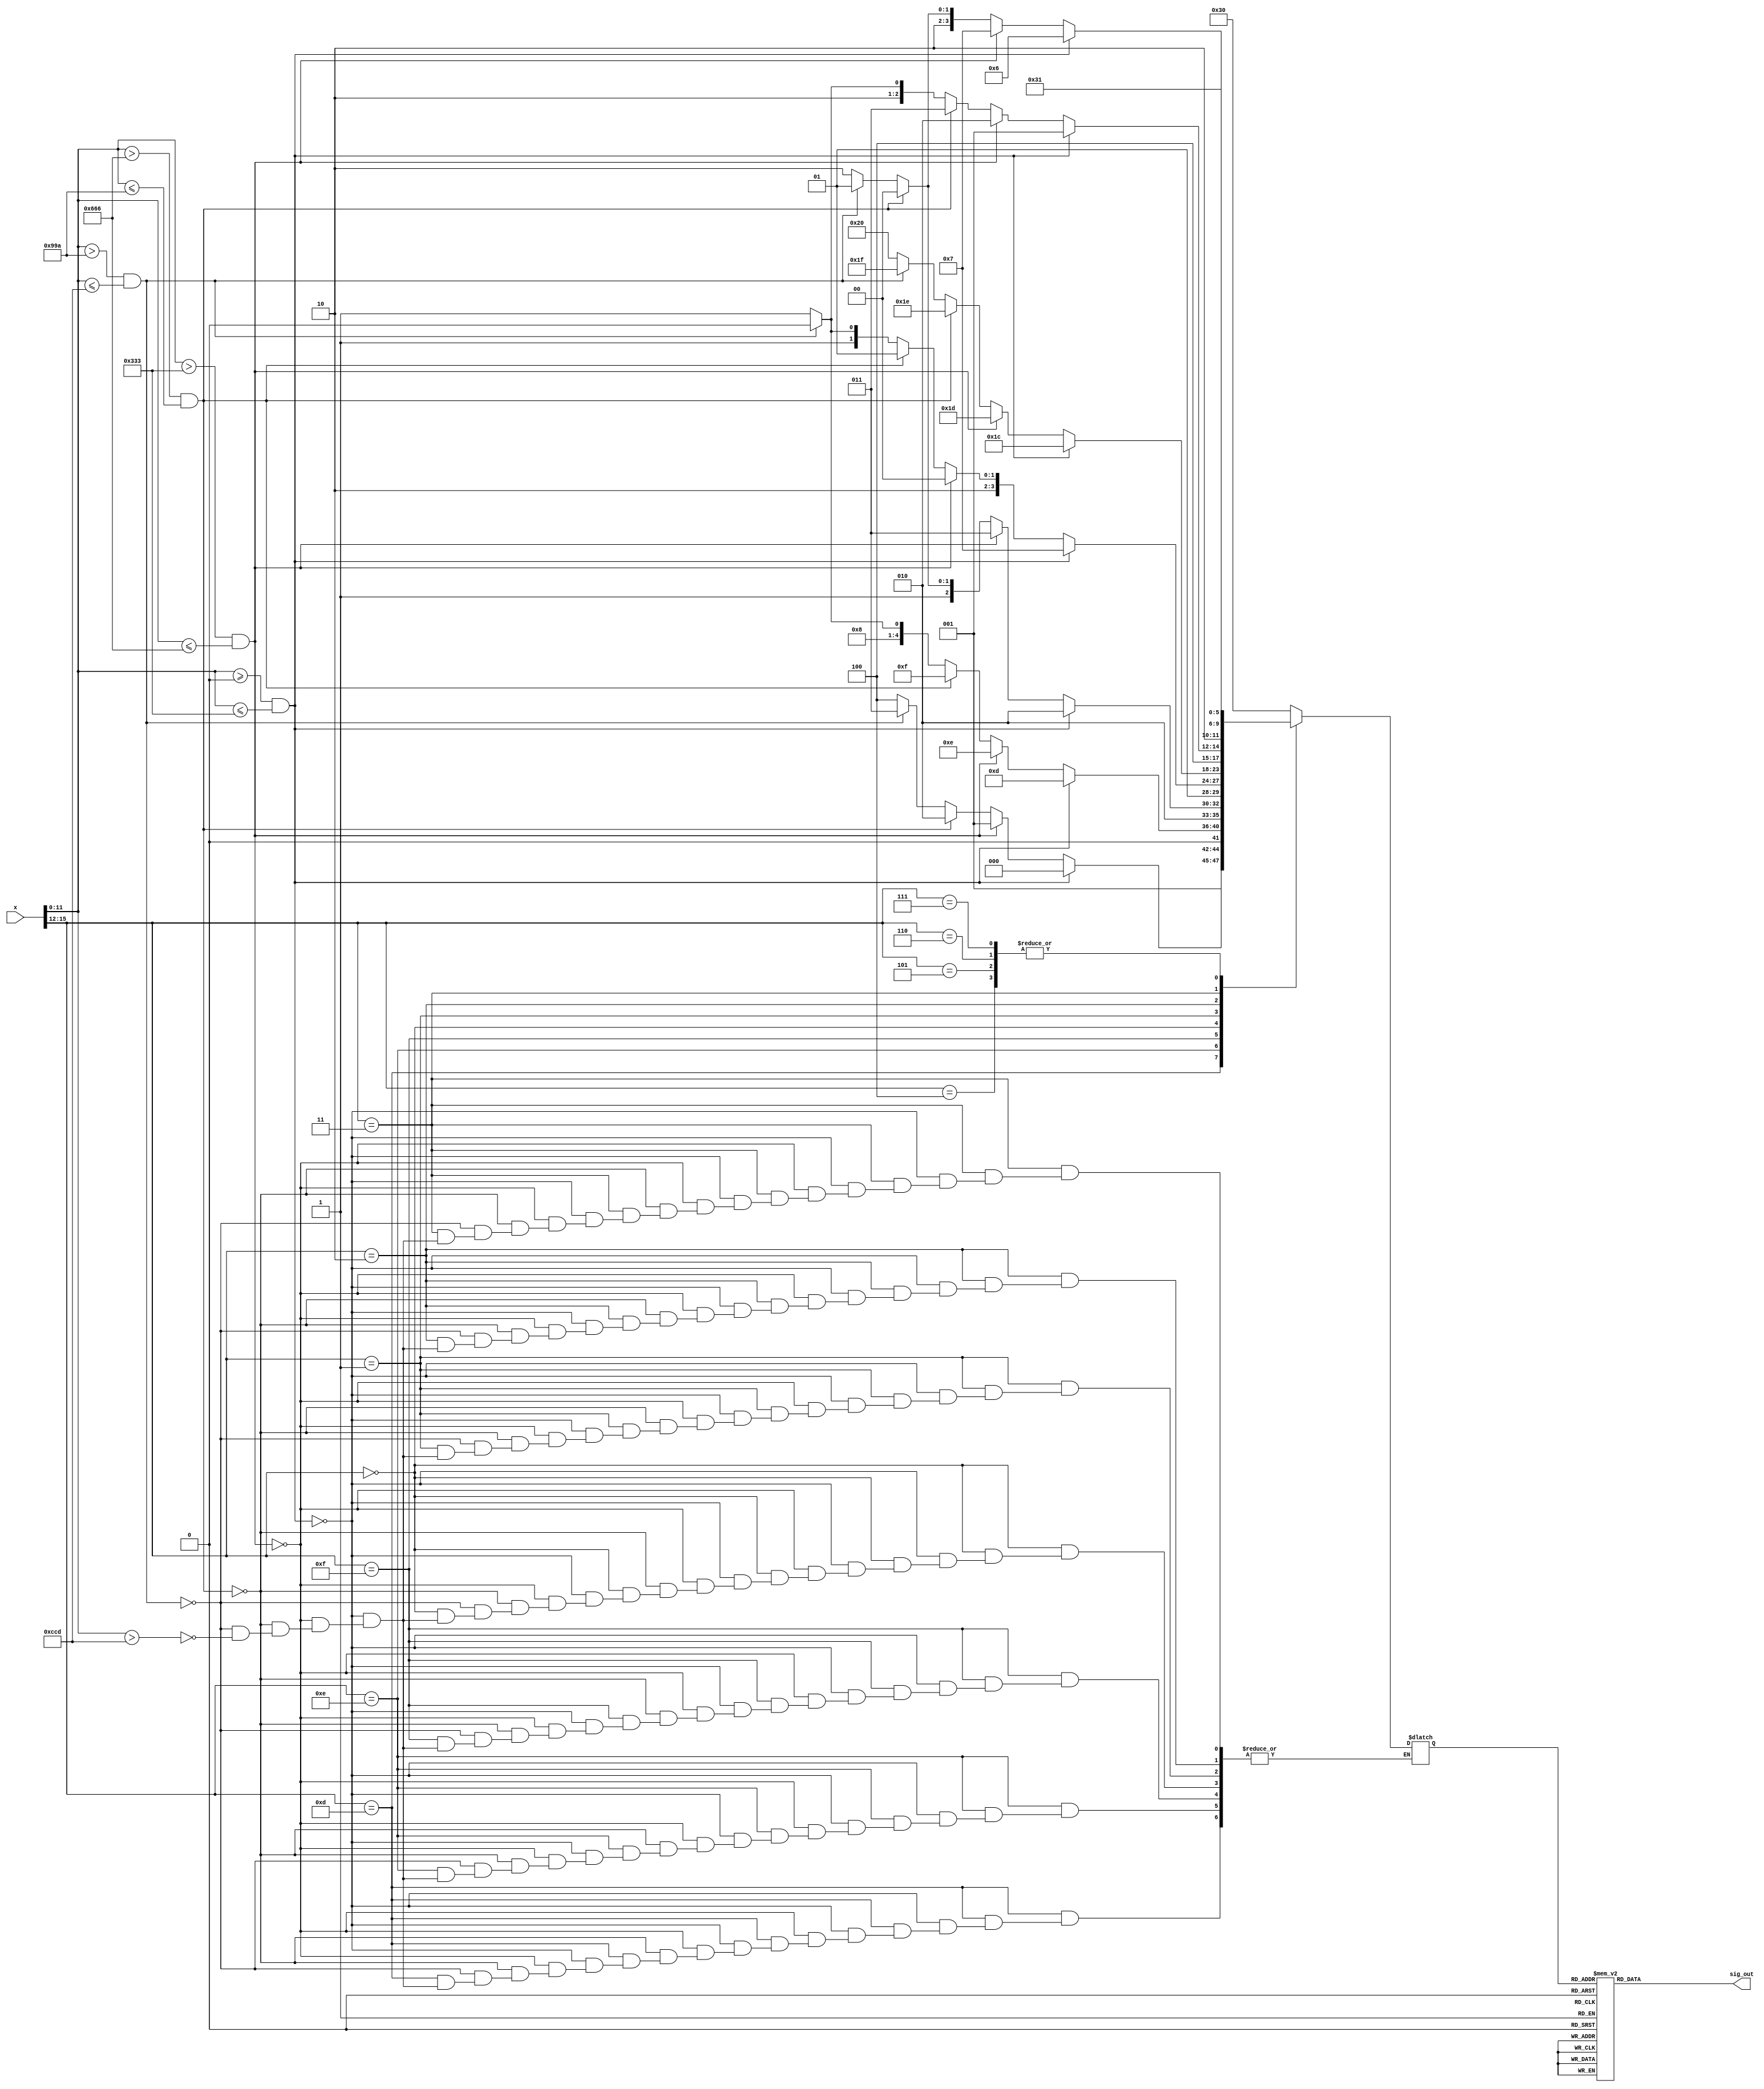
`define SIMULATION_MEMORY
`define ARRAY_DEPTH 64      //Number of Hidden neurons
`define INPUT_DEPTH 100	    //LSTM input vector dimensions
`define DATA_WIDTH 16		//16 bit representation
`define INWEIGHT_DEPTH 6400 //100x64
`define HWEIGHT_DEPTH 4096  //64x64
`define varraysize 1600   //100x16
`define uarraysize 1024  //64x16

module sigmoid(
input [15:0] x,
output [15:0] sig_out
);

reg [15:0] lut;
reg [5:0] address;

assign sig_out = lut;

always @(address)
begin

       case(address)
       6'd0: lut = 16'b0000000000101101; //sig(-4.5)
       6'd1: lut = 16'b0000000000110110; //sig(-4.3)
       6'd2: lut = 16'b0000000001000010; //sig(-4.1)
       6'd3: lut = 16'b0000000001010001; //sig(-3.9)
       6'd4:  lut = 16'b0000000001100010; //sig(-3.7)
       6'd5 :  lut = 16'b0000000001111000; //sig(-3.5)
       6'd6 :  lut= 16'b0000000010010001; //sig(-3.3)
       6'd7 :  lut= 16'b0000000010110000; //sig(-3.1)
       6'd8:  lut= 16'b0000000011010101; //sig(-2.9)
       6'd9 :  lut= 16'b0000000100000010; //sig(-2.7)
       6'd10 :  lut= 16'b0000000100110110; //sig(-2.5)
       6'd11 :  lut= 16'b0000000101110101; //sig(-2.3)
       6'd12 :  lut= 16'b0000000110111110; //sig(-2.1)
       6'd13 :  lut= 16'b0000001000010100; //sig(-1.9)
       6'd14 :  lut= 16'b0000001001111000; //sig(-1.7)
       6'd15 :  lut= 16'b0000001011101011; //sig(-1.5)
       6'd16 :  lut= 16'b0000001101101101; //sig(-1.3)
       6'd17:  lut= 16'b0000001111111110; //sig(-1.1) 
       6'd18 :  lut= 16'b0000010010100000; //sig(-0.9)
       6'd19 :  lut= 16'b0000010101001111; //sig(-0.7)
       6'd20 :  lut= 16'b0000011000001010; //sig(-0.5)
       6'd21 :  lut= 16'b0000011011001111; //sig(-0.3)
       6'd22 :  lut= 16'b0000011110011001; //sig(-0.1)
       6'd23 :  lut= 16'b0000100001100110; //sig(0.1)
       6'd24 :  lut= 16'b0000100100110000; //sig(0.3)
       6'd25 :  lut= 16'b0000100111110101; //sig(0.5)
       6'd26 :  lut= 16'b0000101010110000; //sig(0.7)
       6'd27 :  lut= 16'b0000101101100000; //sig(0.9)
       6'd28 :  lut= 16'b0000110000000001; //sig(1.1)
       6'd29 :  lut= 16'b0000110010010010; //sig(1.3)
       6'd30 :  lut= 16'b0000110100010100; //sig(1.5)
       6'd31 :  lut= 16'b0000110110000111; //sig(1.7)
       6'd32 :  lut= 16'b0000110111101011; //sig(1.9)
       6'd33 :  lut= 16'b0000111001000001; //sig(2.1)
       6'd34 :  lut= 16'b0000111010001010; //sig(2.3)
       6'd35 :  lut= 16'b0000111011001001; //sig(2.5)
       6'd36 :  lut= 16'b0000111011111110; //sig(2.7)
       6'd37 :  lut= 16'b0000111100101010; //sig(2.9)
       6'd38 :  lut= 16'b0000111101001111; //sig(3.1)
       6'd39 :  lut= 16'b0000111101101110; //sig(3.3)
       6'd40 :  lut= 16'b0000111110000111; //sig(3.5)
       6'd41 :  lut= 16'b0000111110011101; //sig(3.7)
       6'd42 :  lut= 16'b0000111110101110; //sig(3.9)
       6'd43 :  lut= 16'b0000111110111101; //sig(4.1)
       6'd44 :  lut= 16'b0000111111001001; //sig(4.3)
       6'd45 :  lut= 16'b0000111111010011; //sig(4.5) 
       6'd46 :  lut= 16'b0000111111011011; //sig(4.7) 
       6'd47 :  lut= 16'b0000000000100100; //sig(-4.7)
       6'd48:	lut= 16'b0000000000000000; //0  
       6'd49:	lut= 16'b0001000000000000; //1 
       default: lut=0;
	endcase
end


always@(x)
begin
 
    case({x[15:12]})
	4'b1000:address = 6'd48; 
	4'b1001:address = 6'd48; 
	4'b1010:address = 6'd48; 
	4'b1011:address = 6'd48; 
	4'b1100:address = 6'd48;  
        4'b1101:if((x[11:0] >= 12'h000) && (x[11:0] <= 12'h333)) // -3
                    begin
                       address = 6'd8;                 
                    end 
                else if((x[11:0] > 12'h333) && (x[11:0] <= 12'h666))
                    begin
                        address = 6'd9;
                    end
                 else if((x[11:0] > 12'h666) && (x[11:0] <= 12'h99a))
                    begin
                        address = 6'd10;                                        
                    end
                 else if((x[11:0] > 12'h99a) && (x[11:0] <= 12'hccd))
                    begin
                        address =  6'd11;                                                          
                    end
                 else if(x[11:0] > 12'hccd)
                    begin
                        address =  6'd12;                                    
                    end   
        4'b1110:if((x[11:0] >= 12'h000) && (x[11:0] <= 12'h333)) // -2
                    begin
                        address =  6'd13;              
                    end 
                else if((x[11:0] > 12'h333) && (x[11:0] <= 12'h666))
                    begin
                        address =  6'd14;                
                    end
                 else if((x[11:0] > 12'h666) && (x[11:0] <= 12'h99a))
                    begin
                        address = 6'd15;                                                         
                    end
                 else if((x[11:0] > 12'h99a) && (x[11:0] <= 12'hccd))
                    begin
                        address =  6'd16;                                                                           
                    end
                 else if(x[11:0] > 12'hccd)
                    begin
                        address =  6'd17;                                                        
                    end 
        4'b1111:if((x[11:0] >= 12'h000) && (x[11:0] <= 12'h333))  // -1
                    begin
                        address =  6'd18;                
                    end 
                else if((x[11:0] > 12'h333) && (x[11:0] <= 12'h666))
                    begin
                        address =  6'd19;                                    
                    end
                 else if((x[11:0] > 12'h666) && (x[11:0] <= 12'h99a))
                    begin
                        address =  6'd20;                                                                         
                    end
                 else if((x[11:0] > 12'h99a) && (x[11:0] <= 12'hccd))
                    begin
                        address =  6'd21;                                                                                                
                    end
                 else if(x[11:0] > 12'hccd)
                    begin
                        address =  6'd22;                                                                            
                    end 
        4'b0000:if((x[11:0] >= 12'h000) && (x[11:0] <= 12'h333)) // 0
                    begin
                        address =  6'd23;                
                    end 
                else if((x[11:0] > 12'h333) && (x[11:0] <= 12'h666))
                    begin
                        address =  6'd24;                
                    end
                 else if((x[11:0] > 12'h666) && (x[11:0] <= 12'h99a))
                    begin
                        address =  6'd25;                                                        
                    end
                 else if((x[11:0] > 12'h99a) && (x[11:0] <= 12'hccd))
                    begin
                        address =  6'd26;                                                                            
                    end
                 else if(x[11:0] > 12'hccd)
                    begin
                        address =  6'd27;                                                        
                    end 
        4'b0001:if((x[11:0] >= 12'h000) && (x[11:0] <= 12'h333)) // 1
                    begin
                        address =  6'd28;                
                    end 
                else if((x[11:0] > 12'h333) && (x[11:0] <= 12'h666))
                    begin
                        address =  6'd29;                
                    end
                else if((x[11:0] > 12'h666) && (x[11:0] <= 12'h99a))
                    begin
                        address =  6'd30;                                                        
                    end
                else if((x[11:0] > 12'h99a) && (x[11:0] <= 12'hccd))
                    begin
                        address =  6'd31;                                                                            
                    end
                else if(x[11:0] > 12'hccd)
                    begin
                       address =  6'd32;                                                         
                    end 
        4'b0010:if((x[11:0] >= 12'h000) && (x[11:0] <= 12'h333))  // 2
                    begin
                      address =  6'd33;                  
                    end 
                else if((x[11:0] > 12'h333) && (x[11:0] <= 12'h666))
                    begin
                      address =  6'd34;                   
                    end
                 else if((x[11:0] > 12'h666) && (x[11:0] <= 12'h99a))
                    begin
                       address =  6'd35;                                                          
                    end
                 else if((x[11:0] > 12'h99a) && (x[11:0] <= 12'hccd))
                    begin
                       address =  6'd36;                                                                               
                    end
                 else if(x[11:0] > 12'hccd)
                    begin
                       address =  6'd37;                                                          
                    end 
        4'b0011:if((x[11:0] >= 12'h000) && (x[11:0] <= 12'h333)) // 3
                    begin
                       address =  6'd38;                  
                    end 
                else if((x[11:0] > 12'h333) && (x[11:0] <= 12'h666))
                    begin
                      address =  6'd39;                  
                    end
                else if((x[11:0] > 12'h666) && (x[11:0] <= 12'h99a))
                    begin
                      address =  6'd40;                                                          
                    end
                else if((x[11:0] > 12'h99a) && (x[11:0] <= 12'hccd))
                    begin
                      address = 6'd41;                                                                              
                    end
               else if(x[11:0] > 12'hccd)
                    begin
                       address = 6'd42;                                                        
                    end 
	4'b0100:address = 6'd49;  
	4'b0101:address = 6'd49;  
	4'b0110:address = 6'd49;  
	4'b0111:address = 6'd49;  
       /* 4'b0100:if((x[11:0] >= 12'h000) && (x[11:0] <= 12'h333)) //4
                    begin
                      address = lut[43];                 
                    end 
                else if((x[11:0] > 12'h333) && (x[11:0] <= 12'h666))
                    begin
                       address = lut[44];                 
                    end
                else if((x[11:0] > 12'h666) && (x[11:0] <= 12'h99a))
                    begin
                       address = lut[45];                                                   
                    end
                else if(x[11:0] > 12'h99a) 
                    begin
                        address = lut[46];                                                                            
                    end
	4'b0101: address = lut[46];    
	4'b0110: address = lut[46];   
	4'b0111: address = lut[46];  */ 
	/*default:begin
			address = 16'h1000;
		end*/
        endcase

end

endmodule